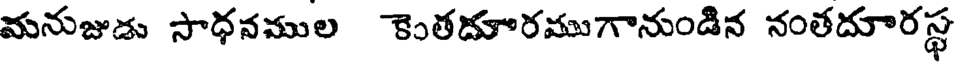
మనుజుడు సాధనముల కెంతదూరముగానుండిన నంతదూరస్థ